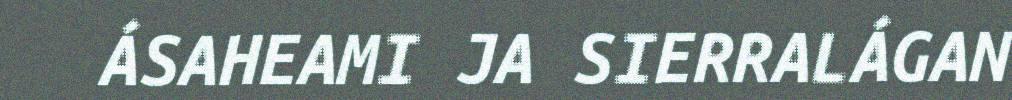
ÁSAHEAMI JA SIERRALÁGAN